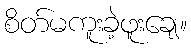
စိတ်မကူးခဲ့ဖူးချေ။